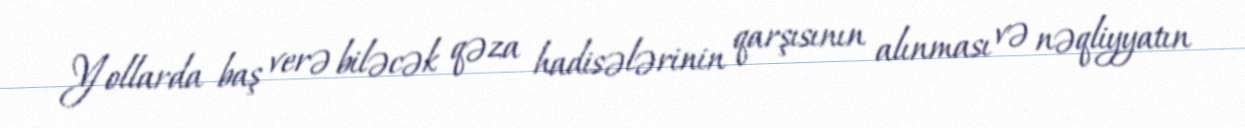
Yollarda baş verə biləcək qəza hadisələrinin qarşısının alınması və nəqliyyatın